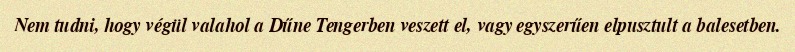
Nem tudni, hogy végül valahol a Dűne Tengerben veszett el, vagy egyszerűen elpusztult a balesetben.